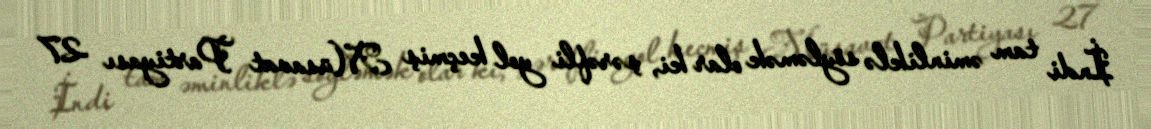
İndi tam əminliklə söyləmək olar ki, şərəfli yol keçmiş Müsavat Partiyası 27